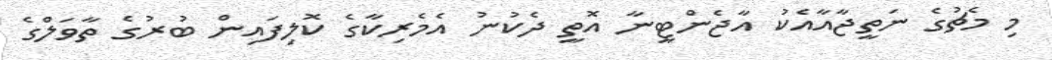
މި މެޗުގެ ނަތީޖާއާއެކު އާޖެންޓީނާ އޮތީ ދެކުނު އެމެރިކާގެ ކޮލިފައިން ބުރުގެ ތާވަލްގެ